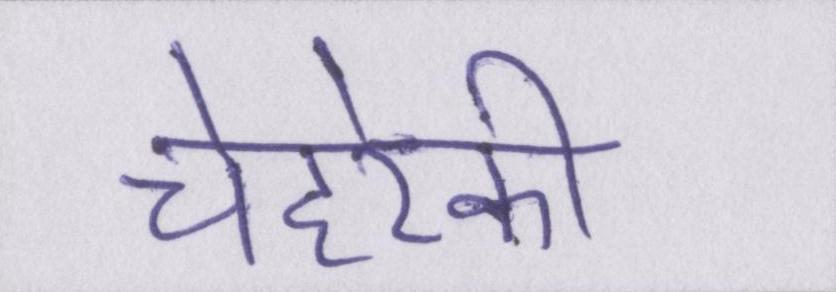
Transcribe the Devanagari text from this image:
चेहरेकी